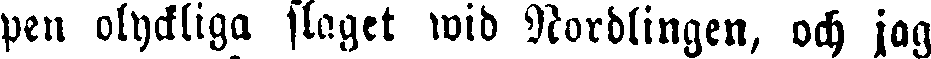
pen olyckliga slaget wid Nordlingen, och jag